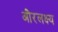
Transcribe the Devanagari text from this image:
औरलक्ष्य